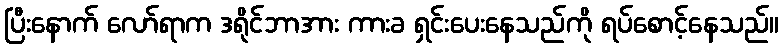
ပြီးနောက် လော်ရာက ဒရိုင်ဘာအား ကားခ ရှင်းပေးနေသည်ကို ရပ်စောင့်နေသည်။